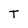
Character: T